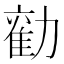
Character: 𭅃